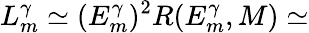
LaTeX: L_{m}^{\gamma}\simeq(E_{m}^{\gamma})^{2}R(E_{m}^{\gamma},M)\simeq